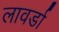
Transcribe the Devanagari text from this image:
लावर्डा